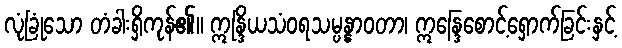
လုံခြုံသော တံခါးရှိကုန်၏။ ဣန္ဒြိယသံဝရသမ္ပန္နာဝတာ၊ ဣန္ဒြေစောင့်ရှောက်ခြင်းနှင့်